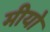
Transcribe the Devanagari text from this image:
मीयो